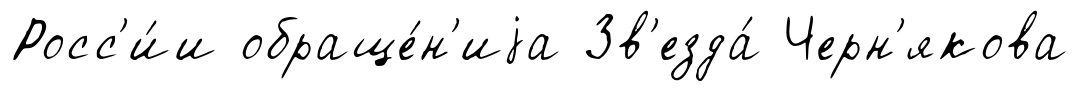
Росс'и́и обраще́н'иjа Зв'езда́ Черн'якова